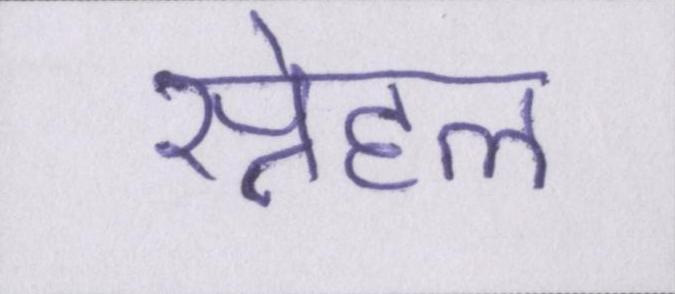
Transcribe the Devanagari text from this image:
स्नेहल